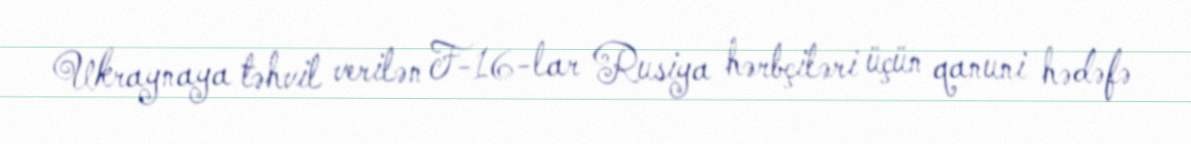
Ukraynaya təhvil verilən F-16-lar Rusiya hərbçiləri üçün qanuni hədəfə